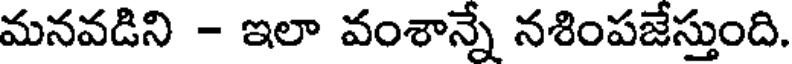
మనవడిని - ఇలా వంశాన్నే నశింపజేస్తుంది.